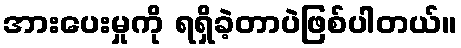
အားပေးမှုကို ရရှိခဲ့တာပဲဖြစ်ပါတယ်။